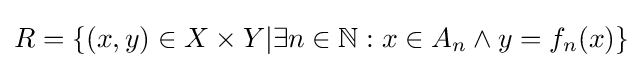
R=\lbrace (x,y)\in X\times Y|\exists n\in \mathbb {N} :x\in A_{n}\land y=f_{n}(x)\rbrace